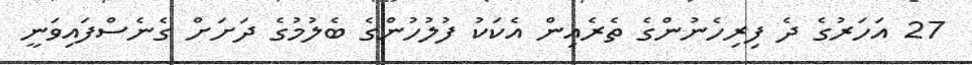
27 އަހަރުގެ ދެ ފިރިހެނުންގެ ތެރެއިން އެކަކު ފުލުހުންގެ ބެލުމުގެ ދަށަށް ގެނެސްފައިވަނީ